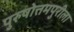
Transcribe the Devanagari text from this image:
पुरुषोत्तमपुरीला